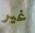
غير